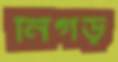
নিগড়